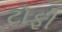
ટોફી